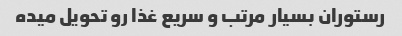
رستوران بسیار مرتب و سریع غذا رو تحویل میده